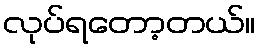
လုပ်ရတော့တယ်။